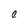
Character: C